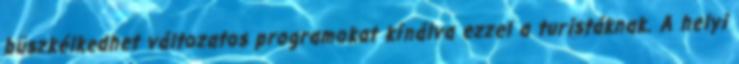
büszkélkedhet változatos programokat kínálva ezzel a turistáknak. A helyi